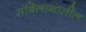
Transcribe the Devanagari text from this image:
संबिलानातील